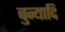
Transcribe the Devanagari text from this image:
बुन्यादि